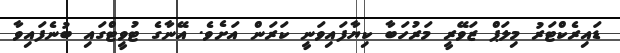
ޑައިރެކްޓަރު މިލަޕް ޒަވޭރީ މަރުހަބާ ކިޔާފައިވަނީ ކަރަން އަށެވެ. އޭނާގެ ޓުވީޓްގައި ބުނެފައިވާ